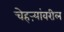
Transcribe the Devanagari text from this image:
चेहऱ्यांवरील